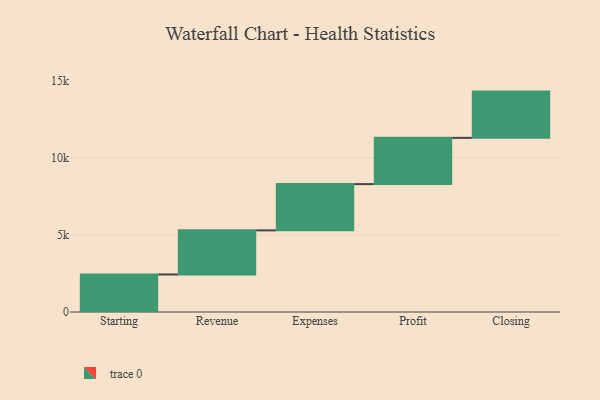
{"axis": {"x": "Step", "y": "Value"}, "legend": [""], "data": [{"x": "Starting", "y": 2434.0, "type": ""}, {"x": "Revenue", "y": 2860.0, "type": ""}, {"x": "Expenses", "y": 3000, "type": ""}, {"x": "Profit", "y": 3000, "type": ""}, {"x": "Closing", "y": 3000, "type": ""}]}